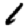
Digit: 1